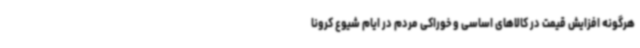
هرگونه افزایش قیمت در کالاهای اساسی و خوراکی مردم در ایام شیوع کرونا